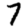
Digit: 7